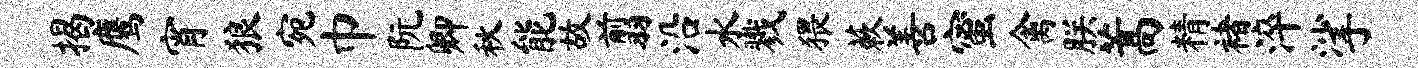
揭鹰宵狼宛巾阮卿秋能故翦沿水戮猥蔌善蜜禽朕蒿精褚淬挲